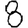
Digit: 8